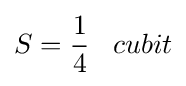
S={\frac {1}{4}}\;\;\;cubit